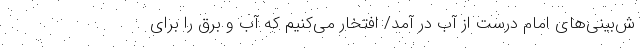
ش‌بینی‌های امام درست از آب در آمد/ افتخار می‌کنیم که آب و برق را برای